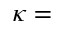
\kappa =